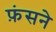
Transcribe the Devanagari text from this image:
फ़ंसने